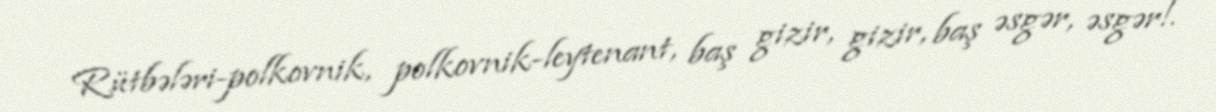
Rütbələri-polkovnik, polkovnik-leytenant, baş gizir, gizir, baş əsgər, əsgər!.